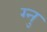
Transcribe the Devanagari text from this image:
ग्नु